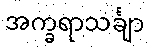
အက္ခရာသင်္ချာ